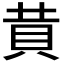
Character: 𧴹